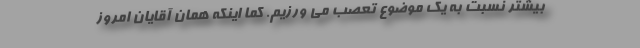
بیشتر نسبت به یک موضوع تعصب می ورزیم. کما اینکه همان آقایان امروز